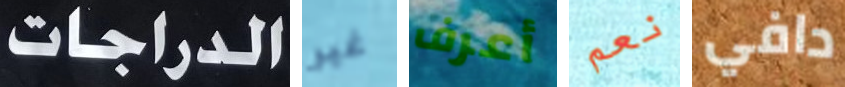
الدراجات غير أعرف نعم دافي